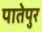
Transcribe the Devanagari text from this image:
पातेपुर